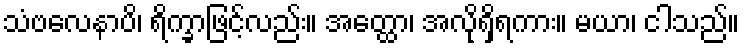
သံဗလေနာပိ၊ ရိက္ခာဖြင့်လည်း။ အတ္ထော၊ အလိုရှိရကား။ မယာ၊ ငါသည်။